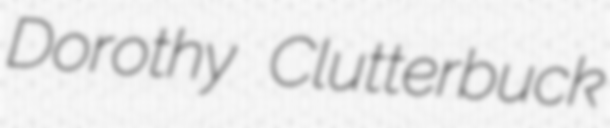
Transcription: Dorothy Clutterbuck